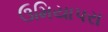
ઉમિયાપરા